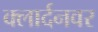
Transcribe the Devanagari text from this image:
क्लार्दनवर